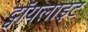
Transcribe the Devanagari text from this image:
ट्वॉयलाइट